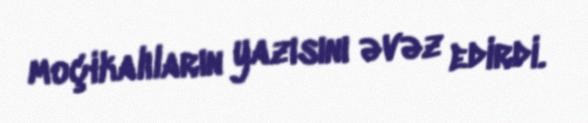
moçikalıların yazısını əvəz edirdi.